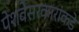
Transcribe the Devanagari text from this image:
पेशवेसरकारांकडे